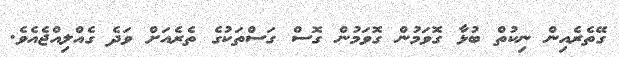
ގޭތެރެއިން ނިކުތް ބުޅާ ގޮވަމުން ގޮވަމުން ގޮސް ގަސްތަކުގެ ތެރެއަށް ވަދެ ގެއްލިއްޖެއެވެ.